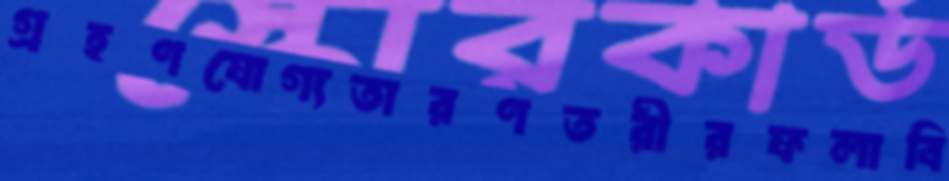
গ্রহণযোগ্যতারণতরীরফলাবি